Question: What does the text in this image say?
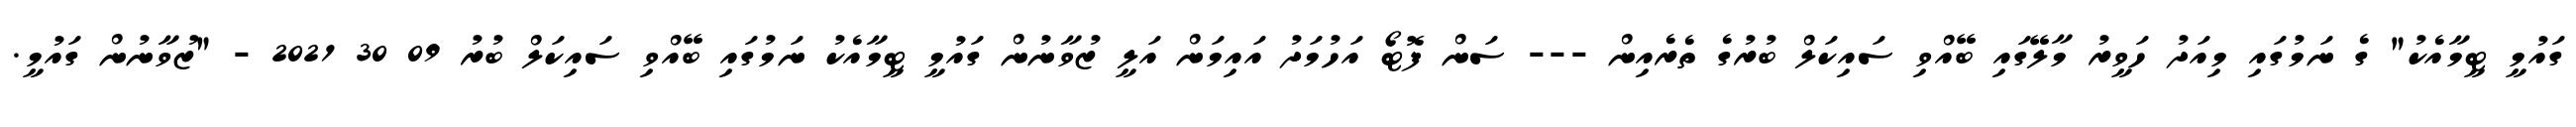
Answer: ގައުމީ ޓީމާއެކު" ގެ ނަމުގައި މިއަދު ހަވީރު މާލޭގައި ބޭއްވި ސައިކަލް ބުރުގެ ތެރެއިން --- ސަން ފޮޓޯ އަހުމަދު އައިމަން އަލީ ޒުވާނުން ގައުމީ ޓީމާއެކު ނަމުގައި ބޭއްވި ސައިކަލް ބުރު 09 30 2021 - "ޒުވާނުން ގައުމީ.